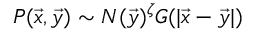
P ( \vec { x } , \vec { y } ) \sim N ( \vec { y } ) ^ { \zeta } G ( | \vec { x } - \vec { y } | )